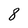
Character: 8